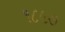
૧૮૯૭